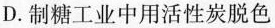
D.制糖工业中用活性炭脱色